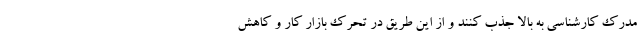
مدرک کارشناسی به بالا جذب کنند و از این طریق در تحرک بازار کار و کاهش